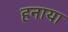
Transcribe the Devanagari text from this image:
हनाया